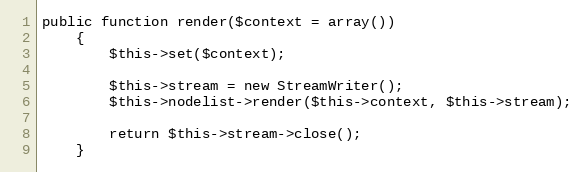
Language: PHP
public function render($context = array())
    {
        $this->set($context);

        $this->stream = new StreamWriter();
        $this->nodelist->render($this->context, $this->stream);

        return $this->stream->close();
    }